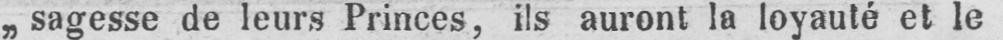
„sagesse de leurs Princes, ils auront la loyauté et le